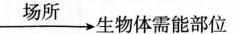
\xrightarrow{场所}生物体需能部位